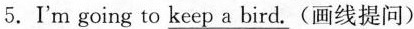
5.I'm going to \underline keep a bird.(画线提问)